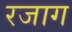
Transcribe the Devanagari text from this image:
रजाग